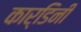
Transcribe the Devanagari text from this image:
कार्डिनी